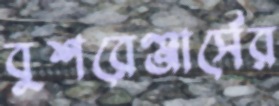
বুশরেঞ্জার্সের